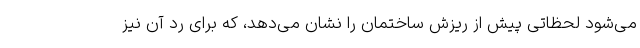
می‌شود لحظاتی پیش از ریزش ساختمان را نشان می‌دهد، که برای رد آن نیز